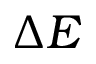
\Delta { E }